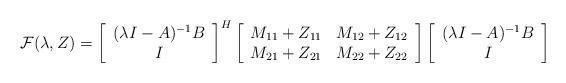
LaTeX: \begin{align*}\mathcal F(\lambda, Z) = \left[\begin{array}{c} (\lambda I - A)^{-1} B \\ I \end{array}\right]^H\left[\begin{array}{cc} M_{11} + Z_{11} & M_{12} + Z_{12} \\ M_{21} +Z_{21} & M_{22} + Z_{22} \end{array}\right] \left[\begin{array}{c} (\lambda I - A)^{-1} B \\ I \end{array}\right]\end{align*}